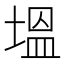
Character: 塭